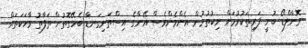
ރޮނާލްޑޯ ބުނީ ފަރިތަކުރުމަށް ނިކުތުމުން އެންމެންވެސް އޭނާގެ އިސްތަށިގަނޑާ ބެހޭގޮތުން ތަފާތު ވާހަކަތައް